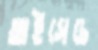
আইসেচে